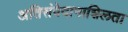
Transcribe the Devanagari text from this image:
अतिसंवेदानाशिलता